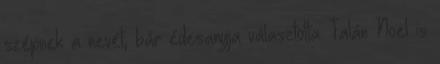
szépnek a nevét, bár édesanyja választotta. Talán Noel is